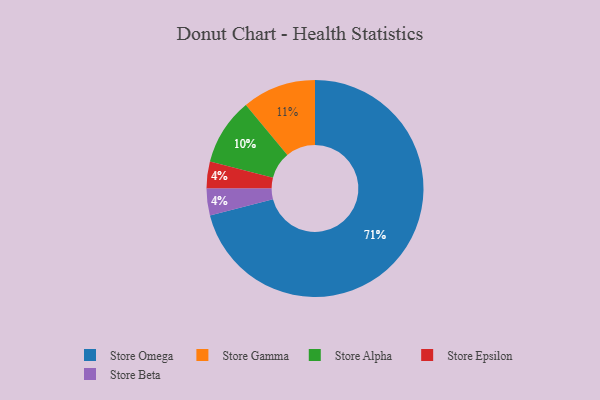
{"axis": {"x": "Category", "y": "Percentage"}, "legend": ["Store Alpha", "Store Beta", "Store Epsilon", "Store Gamma", "Store Omega"], "data": [{"x": "Store Alpha", "y": 10, "type": "Store Alpha"}, {"x": "Store Epsilon", "y": 4, "type": "Store Epsilon"}, {"x": "Store Omega", "y": 71, "type": "Store Omega"}, {"x": "Store Beta", "y": 4, "type": "Store Beta"}, {"x": "Store Gamma", "y": 11, "type": "Store Gamma"}]}